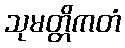
သုမတ္တိကတံ